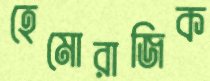
হেমোরাজিক